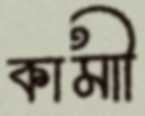
কামাী